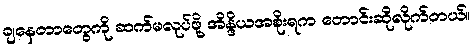
ချနေတာတွေကို ဆက်မလုပ်ဖို့ အိန္ဒိယအစိုးရက တောင်းဆိုလိုက်တယ်။